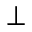
\perp